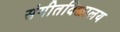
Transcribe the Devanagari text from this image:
संगीतविद्यालय